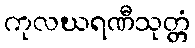
ကုလဃရဏီသုတ္တံ